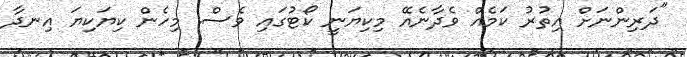
"ދަރިންނަށް އިތުރު ކަމެއް ވެދާނެއޭ މިކިޔަނީ ކޯޓުގައި ވެސް. މިހެން ކިޔަކިޔަ އިނދާ